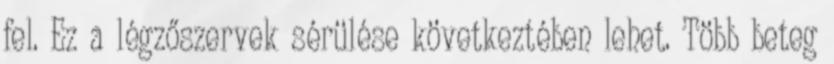
fel. Ez a légzőszervek sérülése következtében lehet. Több beteg